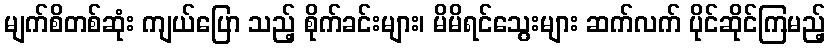
မျက်စိတစ်ဆုံး ကျယ်ပြော သည့် စိုက်ခင်းများ၊ မိမိရင်သွေးများ ဆက်လက် ပိုင်ဆိုင်ကြမည့်